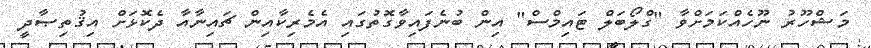
މަޝްހޫރު ނޫހެއްކަމަށްވާ "ގްލޯބަލް ޓައިމްސް" އިން ބުނެފައިވާގޮތުގައި އެމެރިކާއިން ޗައިނާއާ ދެކޮޅަށް އިޤުތިޞާދީ